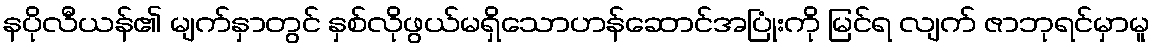
နပိုလီယန်၏ မျက်နှာတွင် နှစ်လိုဖွယ်မရှိသောဟန်ဆောင်အပြုံးကို မြင်ရ လျက် ဇာဘုရင်မှာမူ